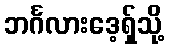
ဘင်္ဂလားဒေ့ရှ်သို့